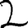
Digit: 2